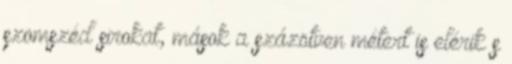
szomszéd sirokat, mások a százötven métert is elérik s